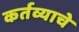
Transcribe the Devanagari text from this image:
कर्तव्याचे